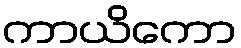
ကာယိကော